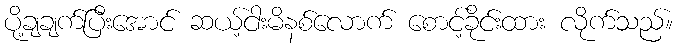
ပို့ချချက်ပြီးအောင် ဆယ့်ငါးမိနစ်လောက် စောင့်ခိုင်းထား လိုက်သည်။